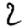
Digit: 2